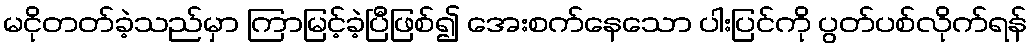
မငိုတတ်ခဲ့သည်မှာ ကြာမြင့်ခဲ့ပြီဖြစ်၍ အေးစက်နေသော ပါးပြင်ကို ပွတ်ပစ်လိုက်ရန်